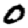
Digit: 0